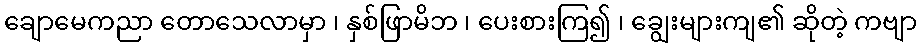
ချောမေကညာ တောသေလာမှာ ၊ နှစ်ဖြာမိဘ ၊ ပေးစားကြ၍ ၊ ချွေးများကျ၏ ဆိုတဲ့ ကဗျာ